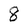
Character: 8